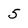
Character: 5